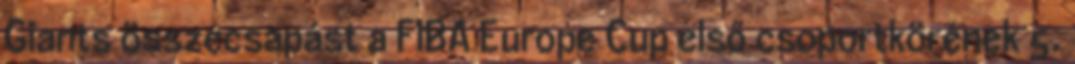
Giants összecsapást a FIBA Europe Cup első csoportkörének 5.